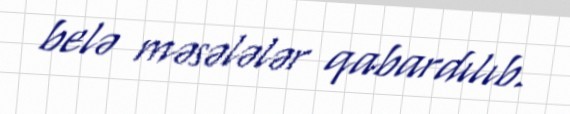
belə məsələlər qabardılıb.